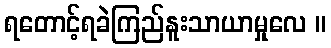
ရတောင့်ရခဲကြည်နူးသာယာမှုလေ ။